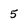
Character: 5